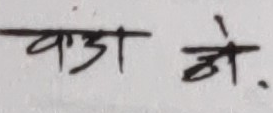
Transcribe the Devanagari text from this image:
वाडा ले.